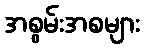
အစွမ်းအစများ